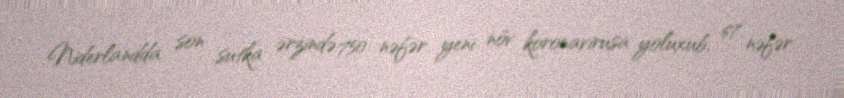
Niderlandda son sutka ərzində 750 nəfər yeni növ koronavirusa yoluxub, 67 nəfər